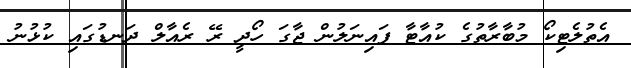
އެތުލެޓިކޯ މުބާރާތުގެ ކުއާޓާ ފައިނަލުން ޖާގަ ހޯދީ ރޭ ރެއާލް ދަނޑުގައި ކުޅުނު